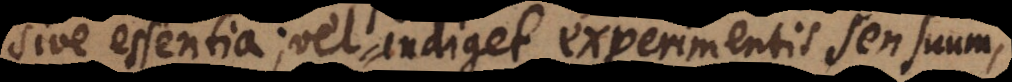
sive essentia; vel indiget experimentis sensuum,